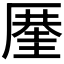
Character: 𠪤